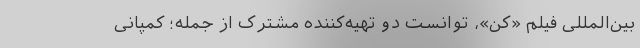
بین‌المللی فیلم «کن»، توانست دو تهیه‌کننده مشترک از جمله؛ کمپانی